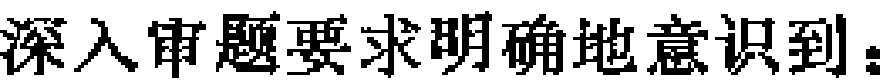
深入审题要求明确地意识到：